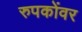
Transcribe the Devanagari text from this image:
रुपकोंवर